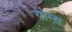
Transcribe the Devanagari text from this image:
गोम्‍स